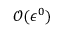
\mathcal { O } ( \epsilon ^ { 0 } )